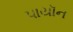
પાયૉન